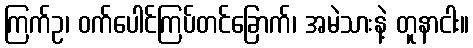
ကြက်ဥ၊ ဝက်ပေါင်ကြပ်တင်ခြောက်၊ အမဲသားနဲ့ တူနာငါး။